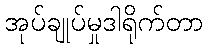
အုပ်ချုပ်မှုဒါရိုက်တာ